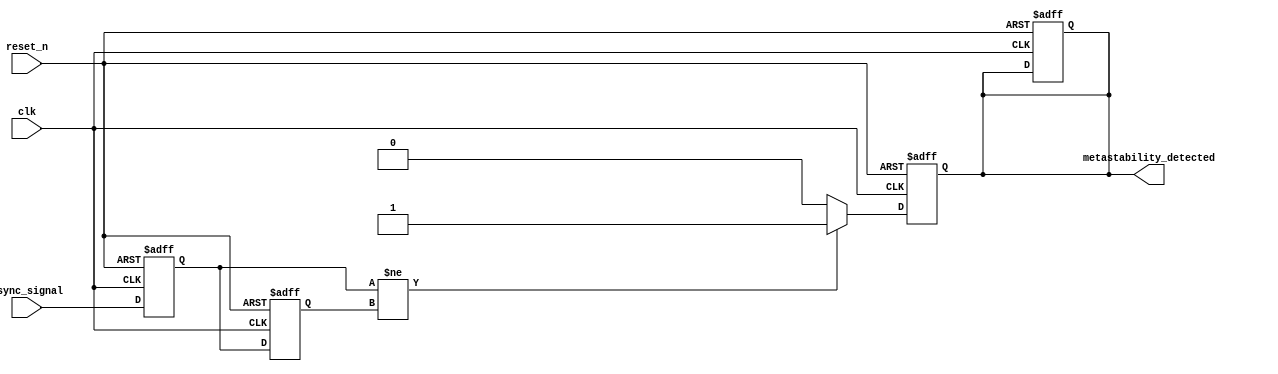
module metastability_detector (
    input wire clk,                 // Stable clock signal
    input wire async_signal,        // Asynchronous input signal
    input wire reset_n,             // Active low reset signal
    output reg metastability_detected // Output signal indicating metastability
);

// Internal signals for the sampled values
reg async_sample1;   // Sample from the first flip-flop
reg async_sample2;   // Sample from the second flip-flop
reg pulse;           // Pulse signal indicating a change

// Double Sampling Process
always @(posedge clk or negedge reset_n) begin
    if (!reset_n) begin
        async_sample1 <= 1'b0;
        async_sample2 <= 1'b0;
        metastability_detected <= 1'b0;
        pulse <= 1'b0;
    end else begin
        async_sample1 <= async_signal; // Sample the input signal
        async_sample2 <= async_sample1; // Sample the output of the first FF
    end
end

// Pulse Generation and Metastability Detection Logic
always @(posedge clk or negedge reset_n) begin
    if (!reset_n) begin
        metastability_detected <= 1'b0;
        pulse <= 1'b0;
    end else begin
        // Generate a pulse if the sampled values are different
        if (async_sample1 != async_sample2) begin
            pulse <= 1'b1; // Pulse indication
            metastability_detected <= 1'b1; // Indicate metastability
        end else begin
            pulse <= 1'b0; // Clear pulse indication
            // Reset metastability detection after some condition if needed
            metastability_detected <= 1'b0; // Clear detection after pulse
        end
    end
end

endmodule